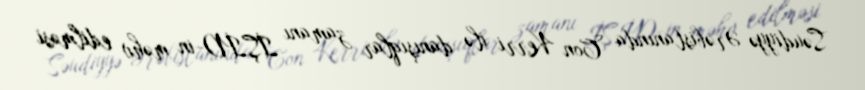
Səudiyyə Ərəbistanında Con Kerri ilə danışıqlar zamanı İŞİD-in məhv edilməsi